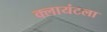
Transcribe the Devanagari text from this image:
क्लायंटला